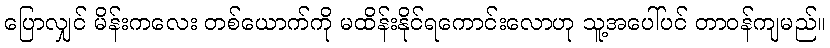
ပြောလျှင် မိန်းကလေး တစ်ယောက်ကို မထိန်းနိုင်ရကောင်းလောဟု သူ့အပေါ်ပင် တာဝန်ကျမည်။